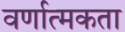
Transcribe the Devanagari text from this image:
वर्णात्मकता